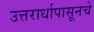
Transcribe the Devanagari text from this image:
उत्तरार्धापासूनचे